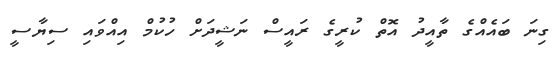
ގިނަ ބައެއްގެ ތާއީދު އޮތް ކުރީގެ ރައީސް ނަޝީދަށް ހުކުމް އިއްވައި ސިޔާސީ